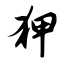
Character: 狎